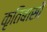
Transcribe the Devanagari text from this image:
कृतिबासी